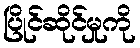
ပြိုင်ဆိုင်မှုကို